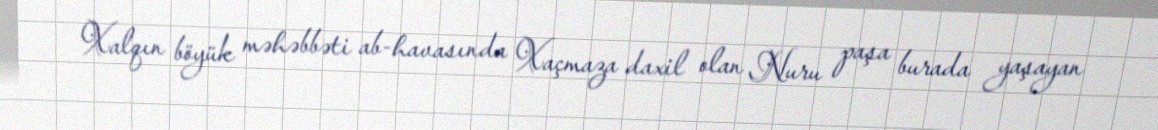
Xalqın böyük məhəbbəti ab-havasında Xaçmaza daxil olan Nuru paşa burada yaşayan